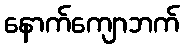
နောက်ကျောဘက်